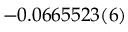
- 0 . 0 6 6 5 5 2 3 ( 6 )